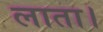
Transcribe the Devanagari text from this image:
लाता।